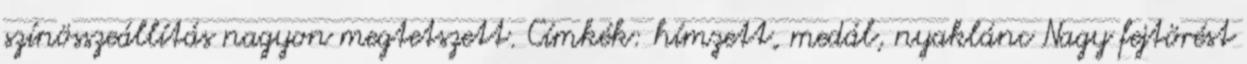
színösszeállítás nagyon megtetszett. Címkék: hímzett, medál, nyaklánc Nagy fejtörést